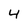
Character: 4